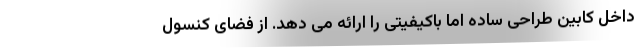
داخل کابین طراحی ساده اما باکیفیتی را ارائه می دهد. از فضای کنسول